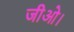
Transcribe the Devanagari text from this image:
जीओ।